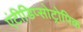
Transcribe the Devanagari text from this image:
एंटीडिप्सोट्रोपिक